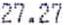
27.27